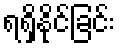
ရရှိနိုင်ခြင်း